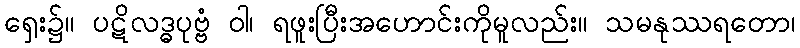
ရှေး၌။ ပဋိလဒ္ဓပုဗ္ဗံ ဝါ၊ ရဖူးပြီးအဟောင်းကိုမူလည်း။ သမနုဿရတော၊